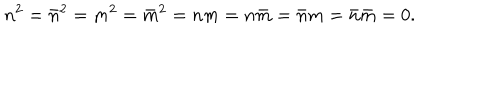
n ^ { 2 } = \bar { n } ^ { 2 } = m ^ { 2 } = \bar { m } ^ { 2 } = n m = n \bar { m } = \bar { n } m = \bar { n } \bar { m } = 0 .